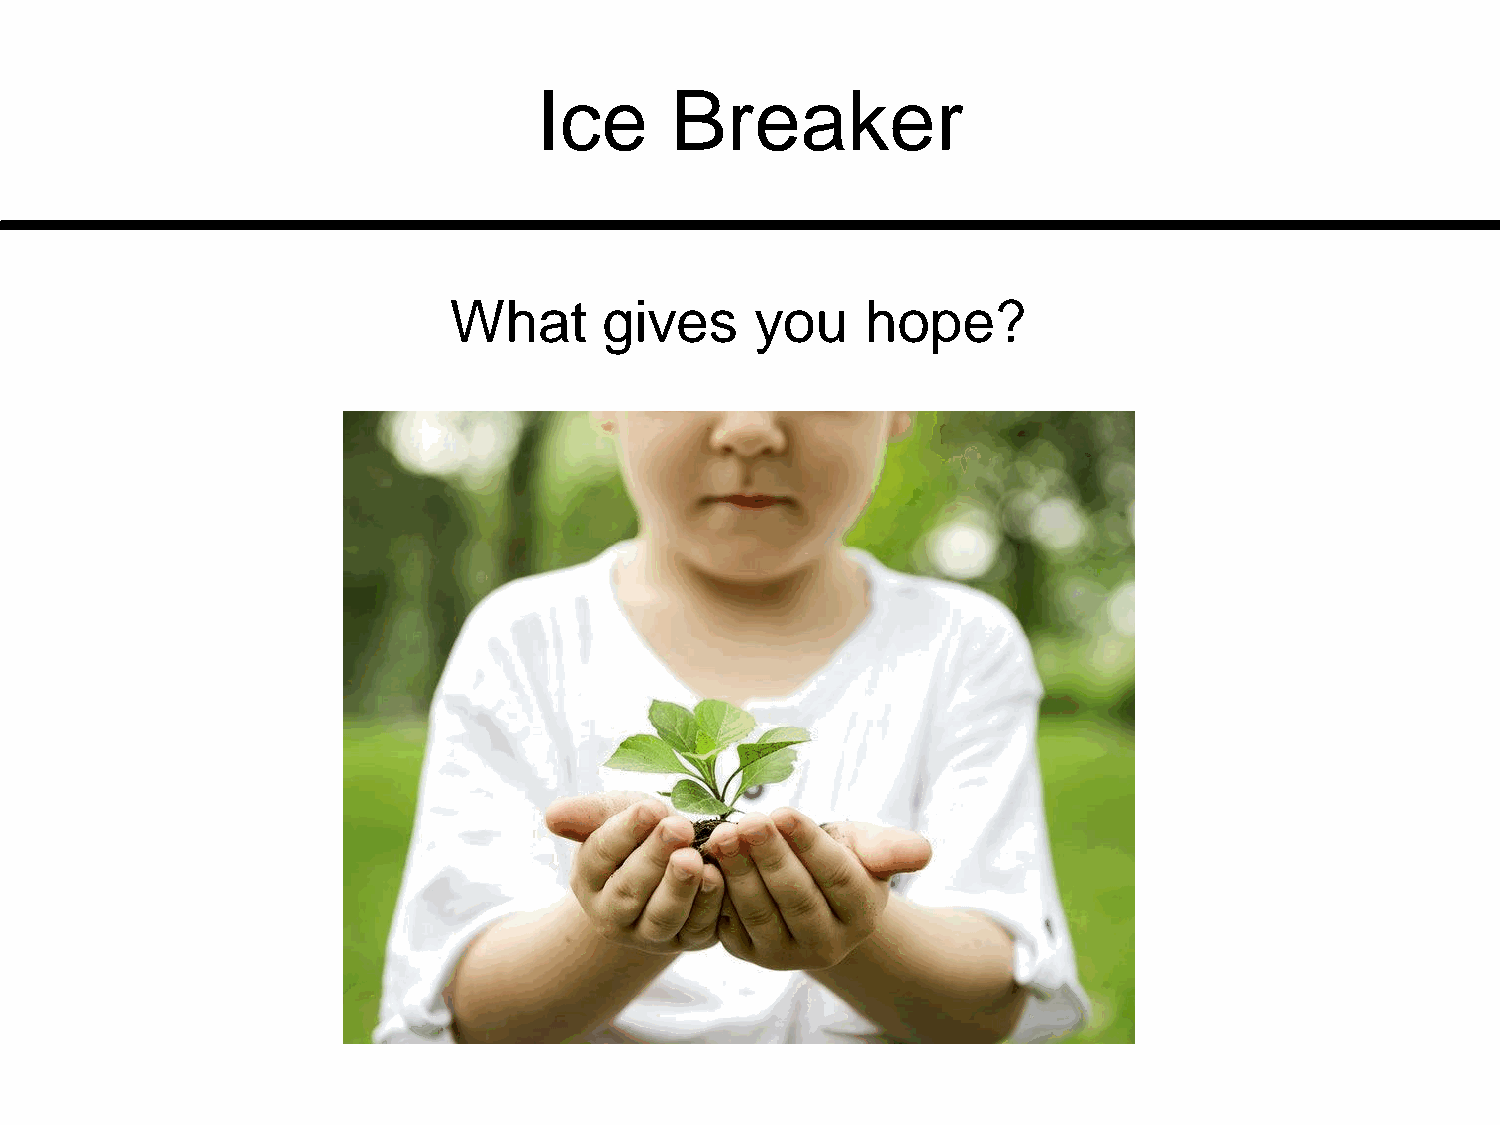
Ice     Breaker
 What      gives     you    hope?